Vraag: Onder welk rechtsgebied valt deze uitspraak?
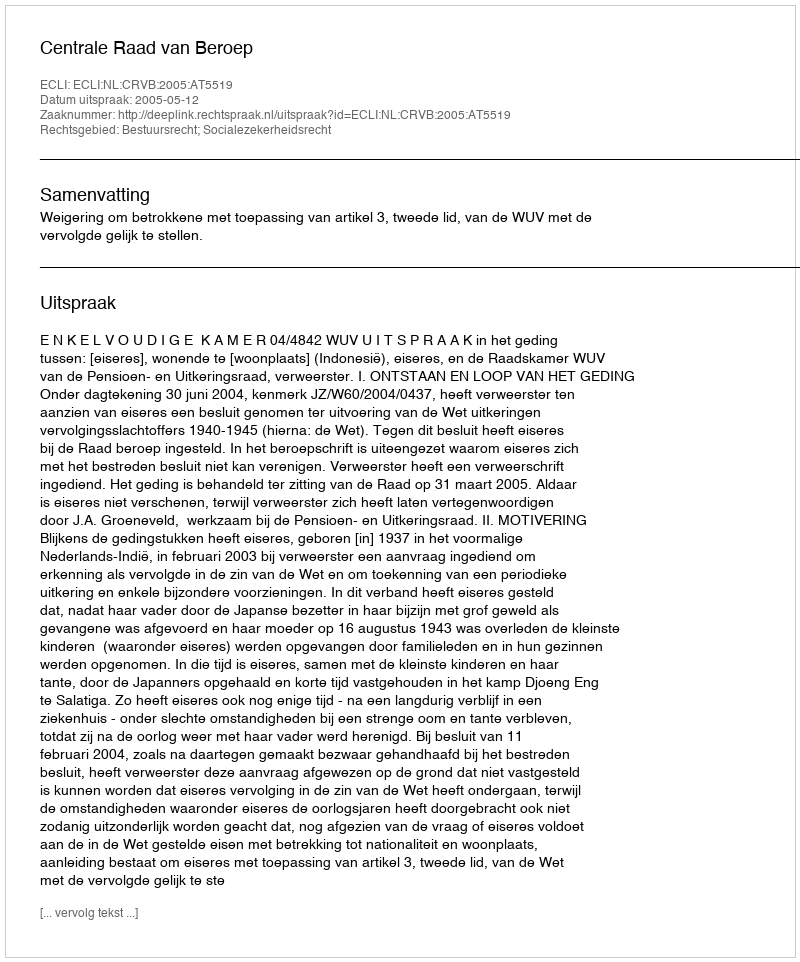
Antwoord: Bestuursrecht; Socialezekerheidsrecht